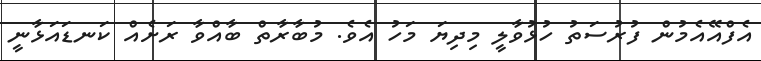
އެފްއޭއެމުން ފުރުސަތު ހުޅުވާލީ މިދިޔަ މަހު އެވެ. މުބާރާތް ބާއްވާ ރަށެއް ކަނޑައަޅާނީ